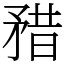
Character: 矠